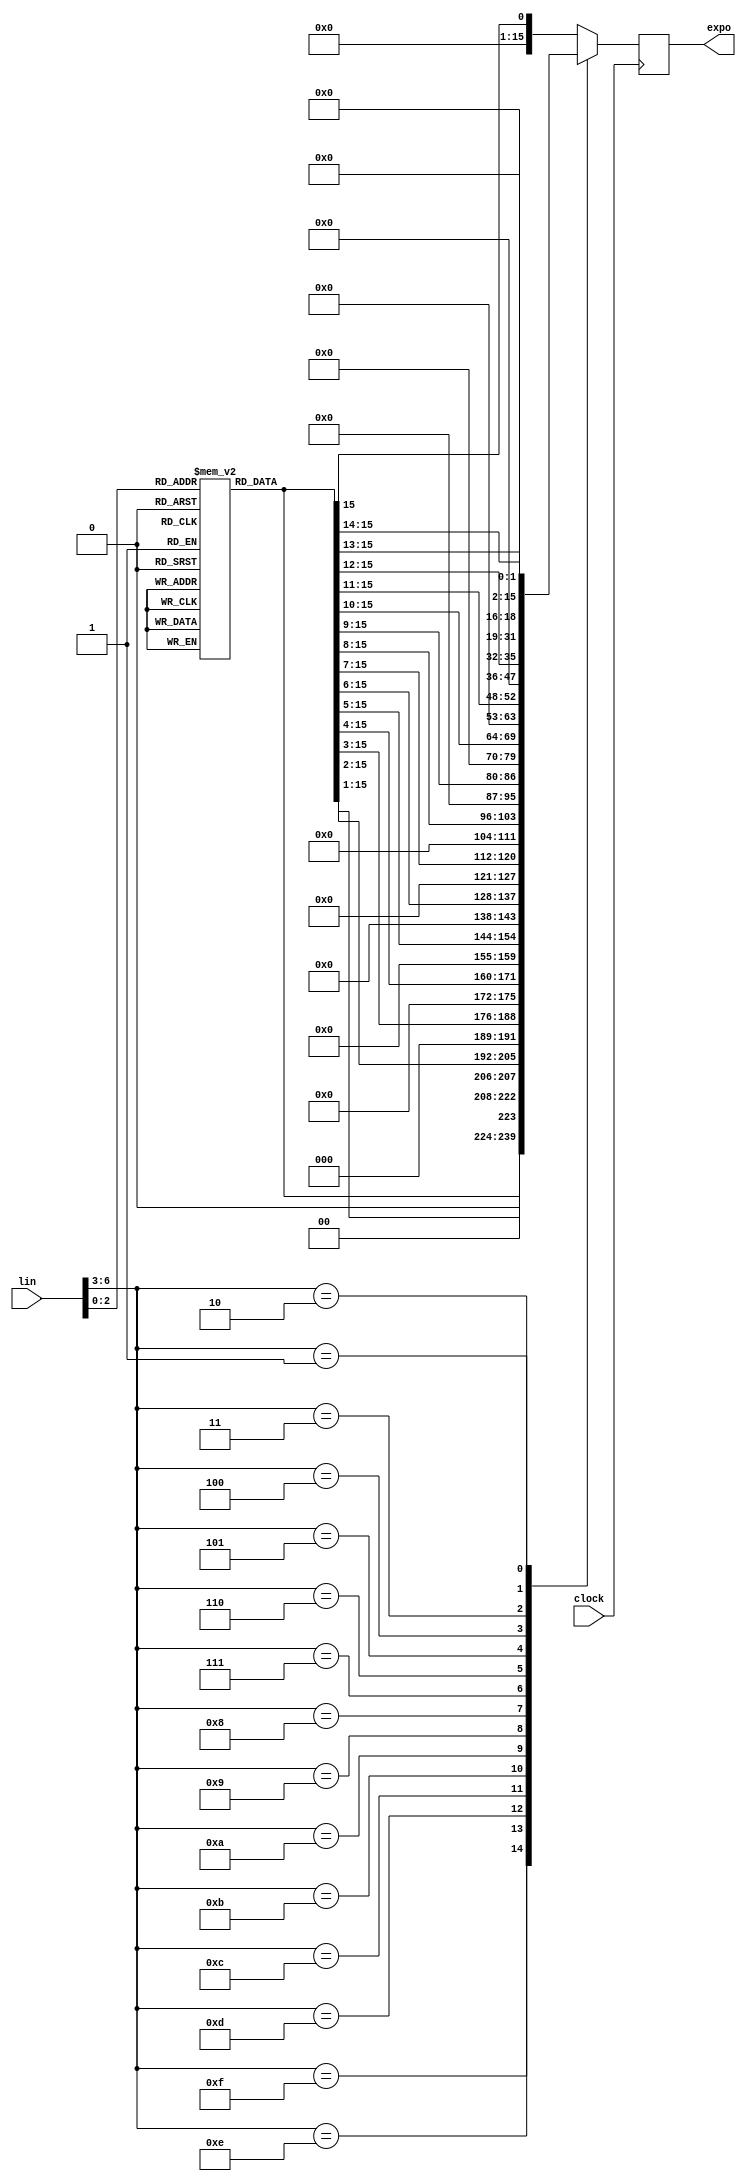
`timescale 1ns / 1ps
////////////////////////////////////////////////////////////////////////////////
// Company:
//
// Design Name: 
// Module Name:    linExpo 
// Project Name: 
// Target Devices: 
// Tool versions: 
// Description: 
//
// License:
// --------
// Copyright 2021  Ren Trapp (rene [dot] trapp (-at-) web [dot] de)
//
// This program is free software: you can redistribute it and/or modify
// it under the terms of the GNU General Public License as published by
// the Free Software Foundation, either version 3 of the License, or
// (at your option) any later version.
//
// This program is distributed in the hope that it will be useful,
// but WITHOUT ANY WARRANTY; without even the implied warranty of
// MERCHANTABILITY or FITNESS FOR A PARTICULAR PURPOSE.  See the
// GNU General Public License for more details.
//
// You should have received a copy of the GNU General Public License
// along with this program.  If not, see <https://www.gnu.org/licenses/>.
//
// Additional Comments:
// --------------------
//
// Converts a 7-bit linear input into a 16-bit output with exponential
// characteristic. Dedicated to audible linear volume control by an envelope
// this might be useful for other purposes also.
//
// Be aware, output is registered and comes 1 clock after the input vector!
//
// Adjusted to give 0 dB with 127, -0.75 dB with 126 and so on. Gets rough
// when input gets below 34 (-65 dB). 127 => 32767 <=> 0 dB
//
////////////////////////////////////////////////////////////////////////////////


module linExpo(
   input                         clock,
   input                   [6:0] lin,
   output reg             [15:0] expo
   );


   reg                    [15:0] ROM [7:0];


   initial begin
      ROM[7] = 16'd32768;
      ROM[6] = 16'd30048;
      ROM[5] = 16'd27554;
      ROM[4] = 16'd25268;
      ROM[3] = 16'd23170;
      ROM[2] = 16'd21247;
      ROM[1] = 16'd19484;
      ROM[0] = 16'd17869;
   end


   always @(posedge clock)
      case (lin[6:3])
         4'hF:    expo <= ROM[lin[2:0]];
         4'hE:    expo <= { 1'b0, ROM[lin[2:0]][15: 1]};
         4'hD:    expo <= { 2'b0, ROM[lin[2:0]][15: 2]};
         4'hC:    expo <= { 3'b0, ROM[lin[2:0]][15: 3]};
         4'hB:    expo <= { 4'b0, ROM[lin[2:0]][15: 4]};
         4'hA:    expo <= { 5'b0, ROM[lin[2:0]][15: 5]};
         4'h9:    expo <= { 6'b0, ROM[lin[2:0]][15: 6]};
         4'h8:    expo <= { 7'b0, ROM[lin[2:0]][15: 7]};
         4'h7:    expo <= { 8'b0, ROM[lin[2:0]][15: 8]};
         4'h6:    expo <= { 9'b0, ROM[lin[2:0]][15: 9]};
         4'h5:    expo <= {10'b0, ROM[lin[2:0]][15:10]};
         4'h4:    expo <= {11'b0, ROM[lin[2:0]][15:11]};
         4'h3:    expo <= {12'b0, ROM[lin[2:0]][15:12]};
         4'h2:    expo <= {13'b0, ROM[lin[2:0]][15:13]};
         4'h1:    expo <= {14'b0, ROM[lin[2:0]][15:14]};
         default: expo <= {15'b0, ROM[lin[2:0]][15]};
      endcase


endmodule